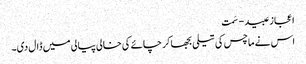
اعجاز عبید - سَمت
اس نے ماچس کی تیلی بجھا کر چائے کی خالی پیالی میں ڈال دی۔